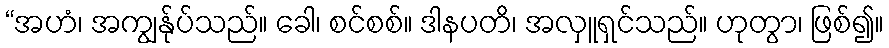
“အဟံ၊ အကျွန်ုပ်သည်။ ခေါ၊ စင်စစ်။ ဒါနပတိ၊ အလှူရှင်သည်။ ဟုတွာ၊ ဖြစ်၍။